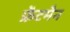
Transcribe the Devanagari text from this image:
फ्रेंटमैन